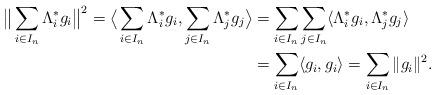
LaTeX: \begin{align*}\big\|\sum_{i\in{I_n}}\Lambda_i^*g_i\big\|^2=\big\langle\sum_{i\in{I_n}}\Lambda_i^*g_i,\sum_{j\in{I_n}}\Lambda_j^*g_j\big\rangle&=\sum_{i\in{I_n}}\sum_{j\in{I_n}}\langle\Lambda_i^*g_i,\Lambda_j^*g_j\rangle\\&=\sum_{i\in{I_n}}\langle g_i,g_i\rangle=\sum_{i\in{I_n}}\|g_i\|^2.\end{align*}